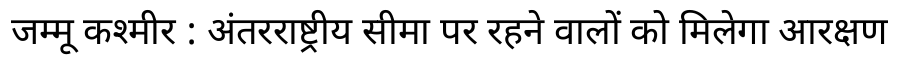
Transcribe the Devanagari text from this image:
जम्मू कश्मीर : अंतरराष्ट्रीय सीमा पर रहने वालों को मिलेगा आरक्षण